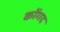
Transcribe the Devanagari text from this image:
कोंगद